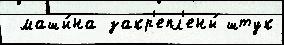
 маши́на закр'епл'ены́ штук